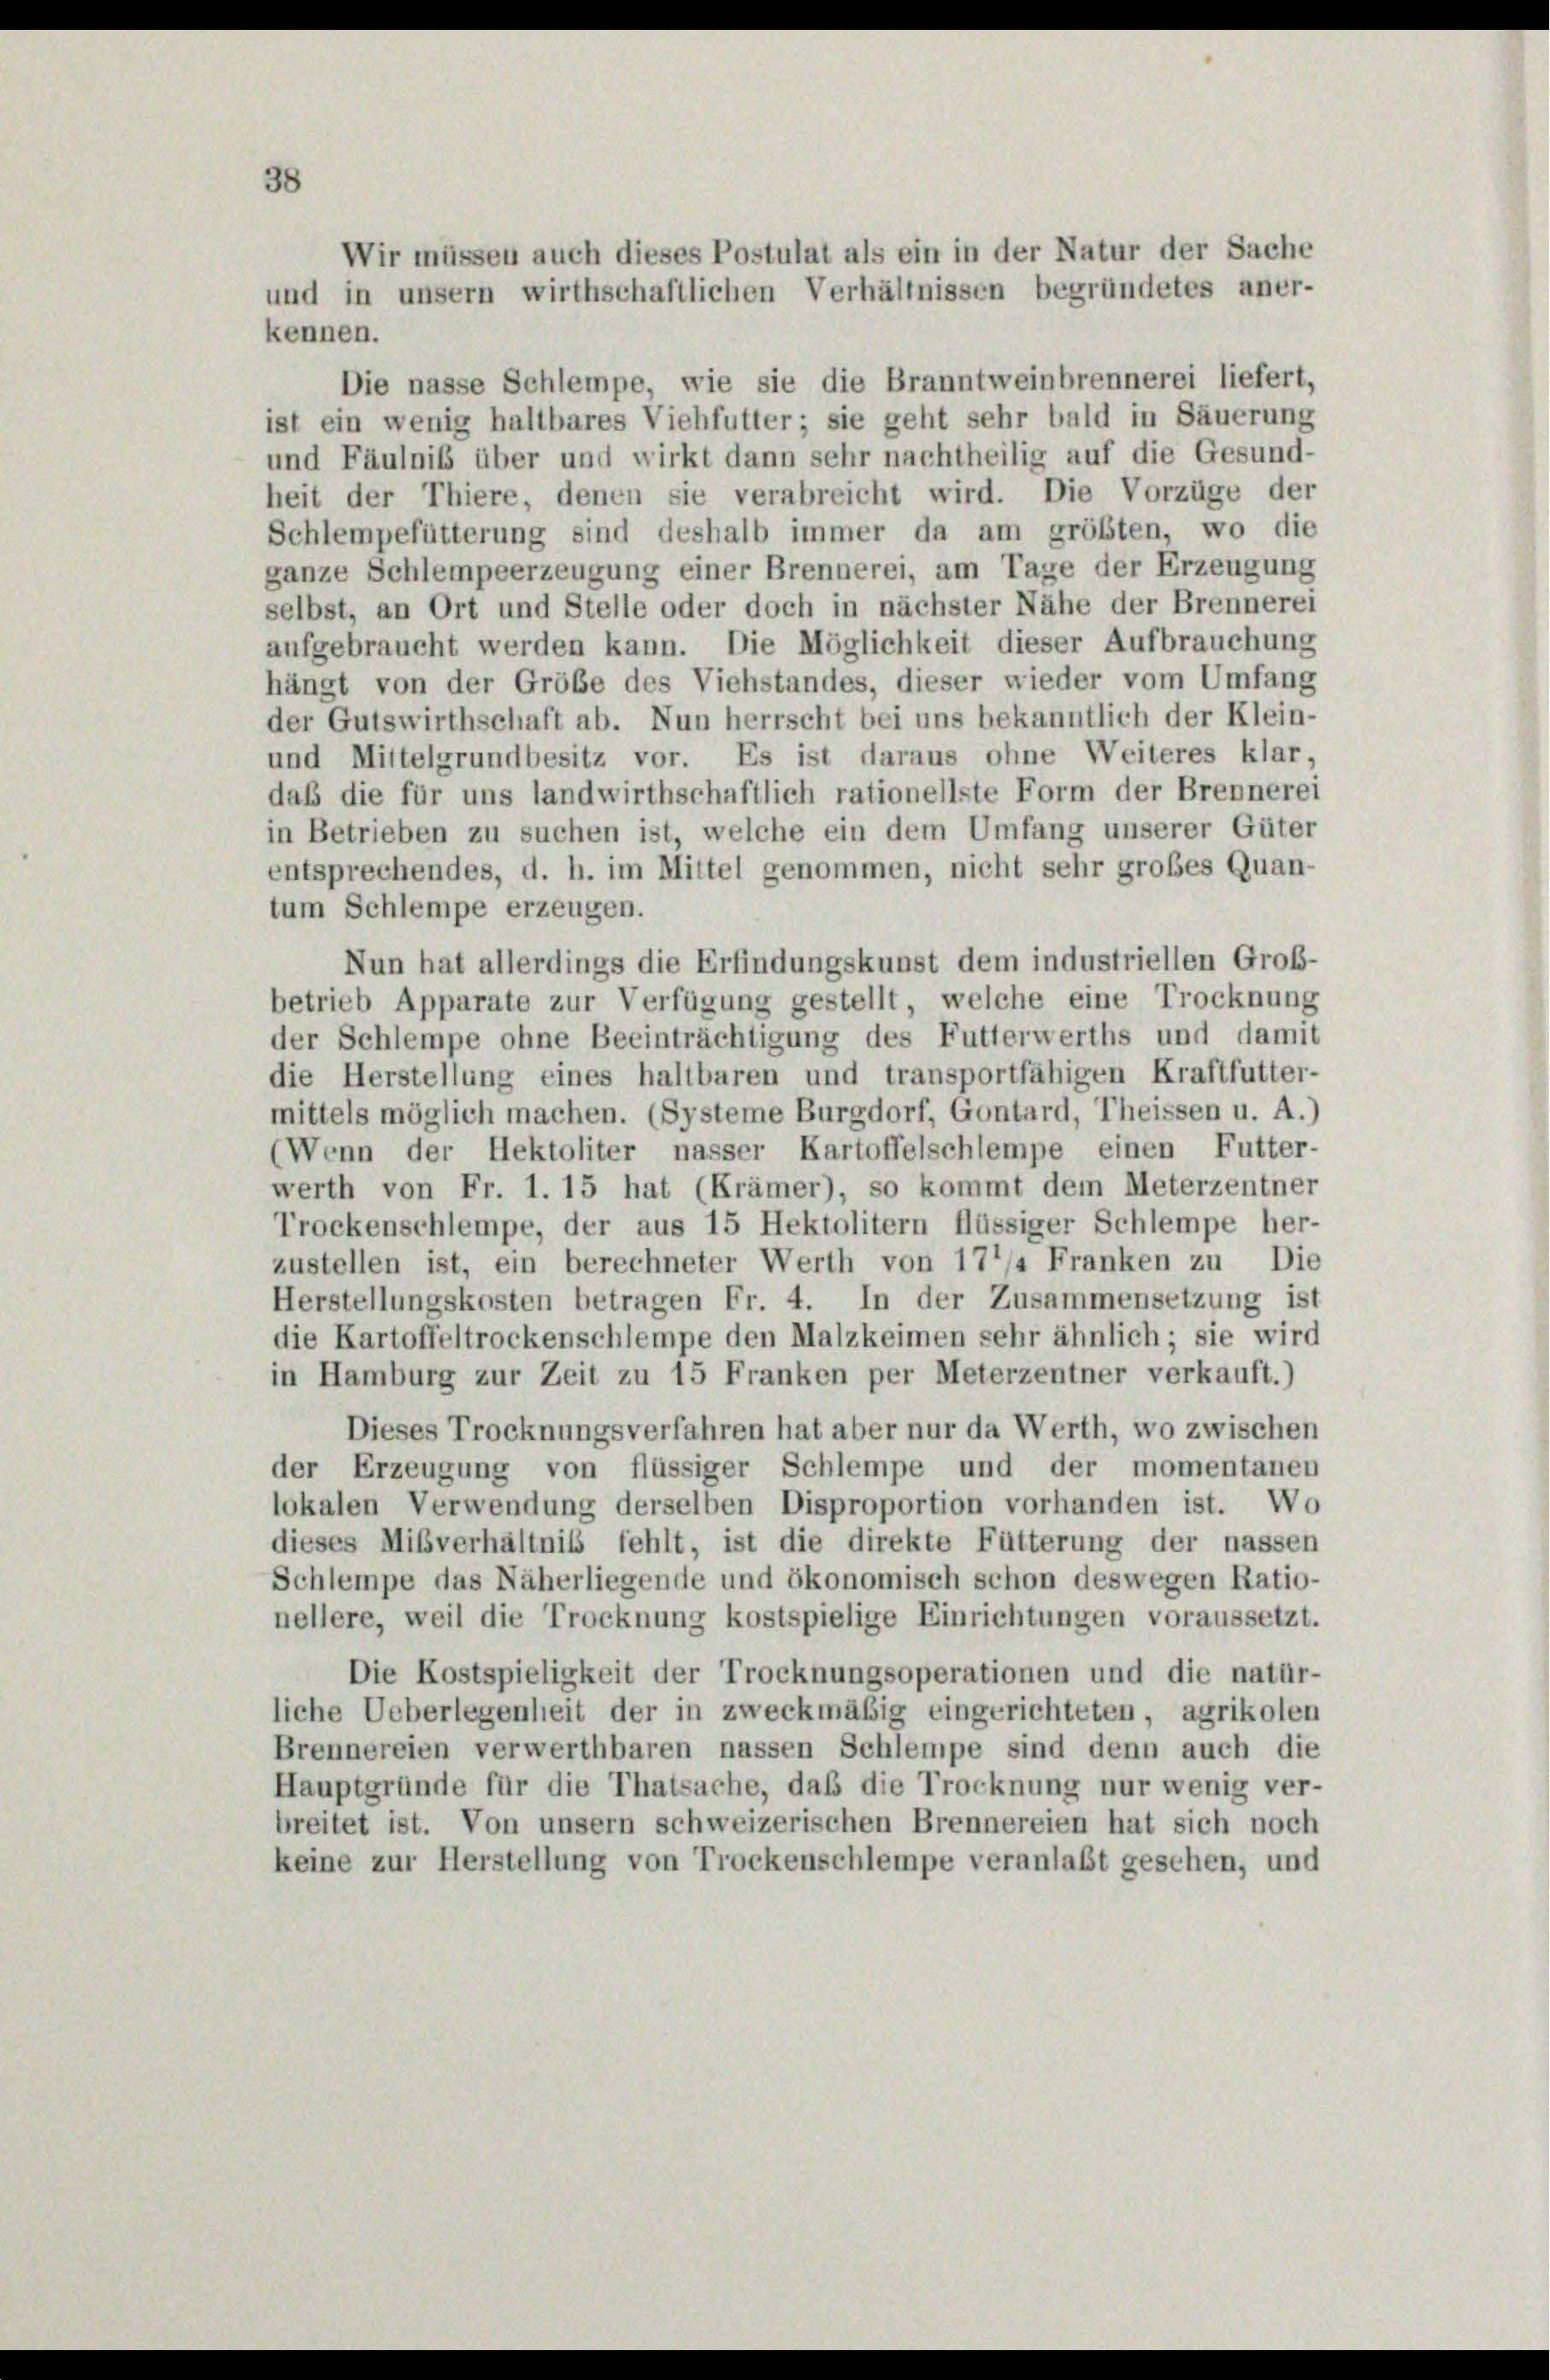
Wir müssen auch dieses Postulat als ein in der Natur der Sache
und in unsern wirthschaftlichen Verhältnissen begründetes aner-

kennen.
Die nasse Schlempe, wie sie die Branntweinbrennerei liefert,
ist ein wenig haltbares Viehfutter; sie geht sehr bald in Säuerung
und Fäulniß über und wirkt dann sehr nachtheilig auf die Gesund-
heit der Thiere, denen sie verabreicht wird. Die Vorzüge der
Schlempefütterung sind deshalb immer da am größten, wo die
ganze Schlempeerzeugung einer Brennerei, am Tage der Erzeugung
selbst, an Ort und Stelle oder doch in nächster Nähe der Brennerei
aufgebraucht werden kann. Die Möglichkeit dieser Aufbrauchung
hängt von der Gröbe des Viehstandes, dieser wieder vom Umfang
der Gutswirthschaft ab. Nun herrscht bei uns bekanntlich der Klein-
und Mittelgrundbesitz vor. Es ist daraus ohne Weiteres klar,
daß die für uns landwirthschaftlich rationellste Form der Brennerei
in Betrieben zu suchen ist, welche ein dem Umfang unserer Güter
entsprechendes, d. h. im Mittel genommen, nicht sehr großes Quan-
tum Schlempe erzeugen.
Nun hat allerdings die Erfindungskunst dem industriellen Groß-
betrieb Apparate zur Verfügung gestellt, welche eine Trocknung
der Schlempe ohne Beeinträchtigung des Futterwerths und damit
die Herstellung eines haltbaren und transportfähigen Kraftfutter-
mittels möglich machen. (Systeme Burgdorf, Gontard, Theissen u. A.)
(Wenn der Hektoliter nasser Kartoffelschlempe einen Futter-
werth von Fr. 1. 15 hat (Krämer), so kommt dem Meterzentner
Trockenschlempe, der aus 15 Hektolitern flüssiger Schlempe her-
zustellen ist, ein berechneter Werth von 17/4 Franken zu Die
Herstellungskosten betragen Fr. 4. In der Zusammensetzung ist
die Kartoffeltrockenschlempe den Malzkeimen sehr ähnlich; sie wird
in Hamburg zur Zeit zu 15 Franken per Meterzentner verkauft.)
Dieses Trocknungsverfahren hat aber nur da Werth, wo zwischen
der Erzeugung von flüssiger Schlempe und der momentanen
lokalen Verwendung derselben Disproportion vorhanden ist. Wo
dieses Mißverhältniß fehlt, ist die direkte Fütterung der nassen
Schlempe das Näherliegende und ökonomisch schon deswegen Ratio-
nellere, weil die Trocknung kostspielige Einrichtungen voraussetzt.
Die Kostspieligkeit der Trocknungsoperationen und die natür-
liche Ueberlegenheit der in zweckmäßig eingerichteten, agrikolen
Brennereien verwerthbaren nassen Schlempe sind denn auch die
Hauptgründe für die Thatsache, daß die Trocknung nur wenig ver-
breitet ist. Von unsern schweizerischen Brennereien hat sich noch
keine zur Herstellung von Trockenschlempe veranlaßt gesehen, und